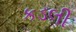
કડલી